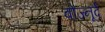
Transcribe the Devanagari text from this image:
बोज्नूर्द